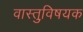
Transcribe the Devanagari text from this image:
वास्तुवि़षयक